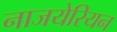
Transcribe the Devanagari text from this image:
नाजयेरियन